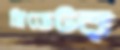
প্রিডেটর